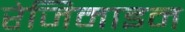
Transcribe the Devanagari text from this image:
रेजिमाइन